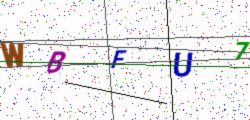
Text: WBFU7